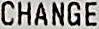
CHANGE